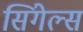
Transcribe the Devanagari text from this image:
सिंगेल्स